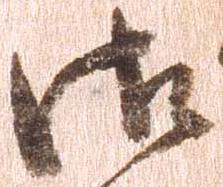
御